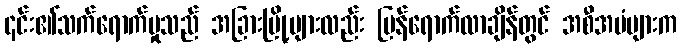
၎င်း၏သက်ရောက်မှုသည် အခြားမြို့များလည်း ပြန်ရောက်လာချိန်တွင် အစီအမံများက